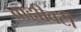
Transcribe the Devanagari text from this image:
ब्राह्मीवटी